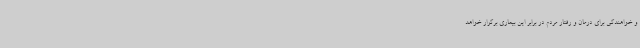
و خواهندگی برای درمان و رفتار مردم در برابر این بیماری برگزار خواهد